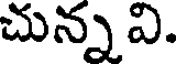
చున్న వి.